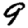
Digit: 9